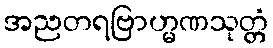
အညတရဗြာဟ္မဏသုတ္တံ